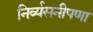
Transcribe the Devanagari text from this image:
निर्व्यसनीपणा